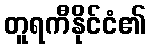
တူရကီနိုင်ငံ၏